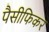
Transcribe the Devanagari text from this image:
पैसीफिकर